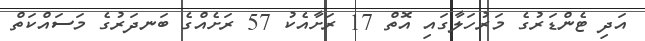
އަދި ޓެންޑަރުގެ މަރުހަލާގައި އޮތް 17 ރަށާއެކު 57 ރަށެއްގެ ބަނދަރުގެ މަސައްކަތް